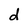
Character: d